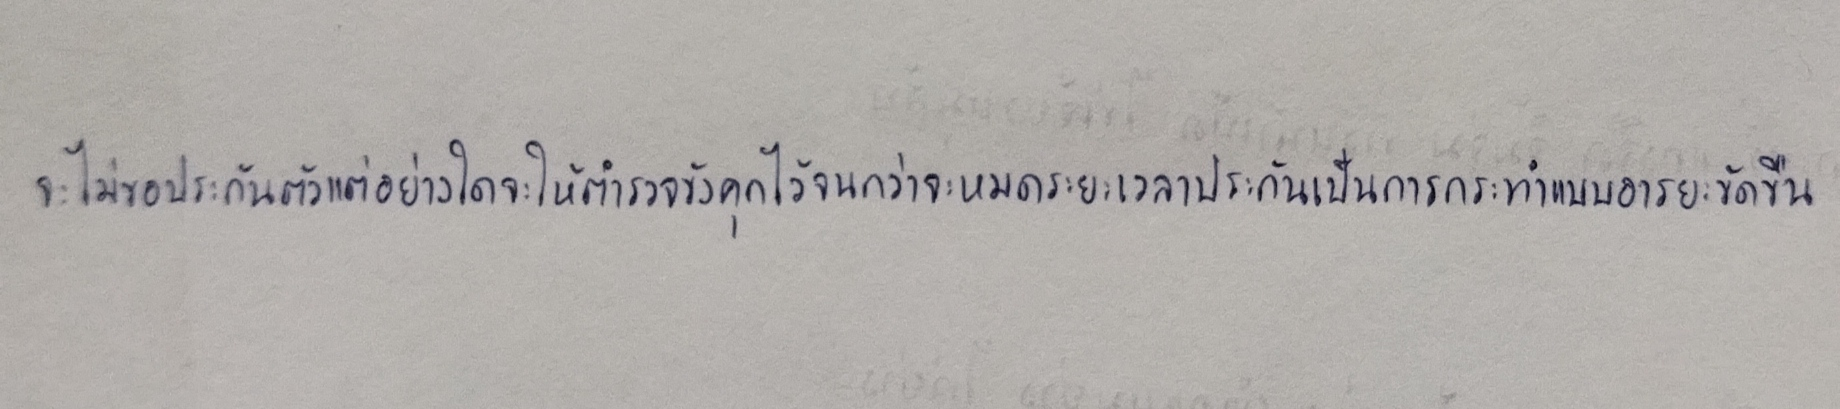
จะไม่ขอประกันตัวแต่อย่างใดจะให้ตำรวจขังคุกไว้จนกว่าจะหมดระยะเวลาประกันเป็นการกระทำแบบอารยะขัดขืน